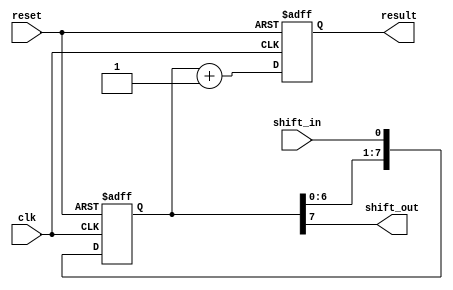
module shift_add_register (
  input wire clk,        // Clock input
  input wire reset,      // Reset signal
  input wire shift_in,   // Input data bit to be shifted in
  output reg shift_out,  // Output data bit shifted out
  output reg[7:0] result // Result of addition operation
);

reg[7:0] data_reg;       // Shift register to store data bits

always @(posedge clk or posedge reset) begin
  if (reset) begin
    data_reg <= 8'b0;   // Reset shift register
    result <= 8'b0;     // Reset result
  end else begin
    // Shift data bits in register
    data_reg <= {data_reg[6:0], shift_in};

    // Perform addition operation on data bits
    result <= data_reg + 8'b1;
  end
end

assign shift_out = data_reg[7]; // Output shifted data bit

endmodule